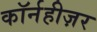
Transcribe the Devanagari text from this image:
कॉर्नहीज़र